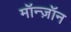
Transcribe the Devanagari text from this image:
मॉन्ज़ॉन